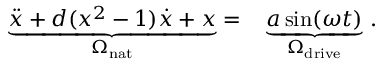
\begin{array} { r l } { \underbrace { \ddot { x } + d ( x ^ { 2 } - 1 ) \dot { x } + x } _ { \Omega _ { \mathrm { n a t } } } = } & { { } \underbrace { a \sin ( \omega t ) } _ { \Omega _ { \mathrm { d r i v e } } } \, . } \end{array}